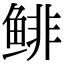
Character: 鲱